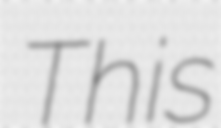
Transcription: This